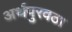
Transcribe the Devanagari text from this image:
अर्थपुरवठा